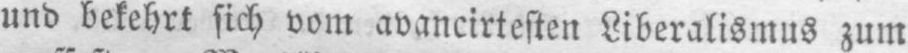
und bekehrt sich vom avancirtesten Liberalismus zum